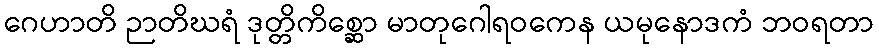
ဂေဟာတိ ဉာတိဃရံ ဒုတ္တိကိစ္ဆော မာတုဂေါရဝကေန ယမုနောဒကံ ဘဝရတာ